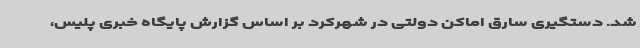
شد. دستگیری سارق اماکن دولتی در شهرکرد بر اساس گزارش پایگاه خبری پلیس،